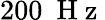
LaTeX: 200\ \mathrm{~H~z~}